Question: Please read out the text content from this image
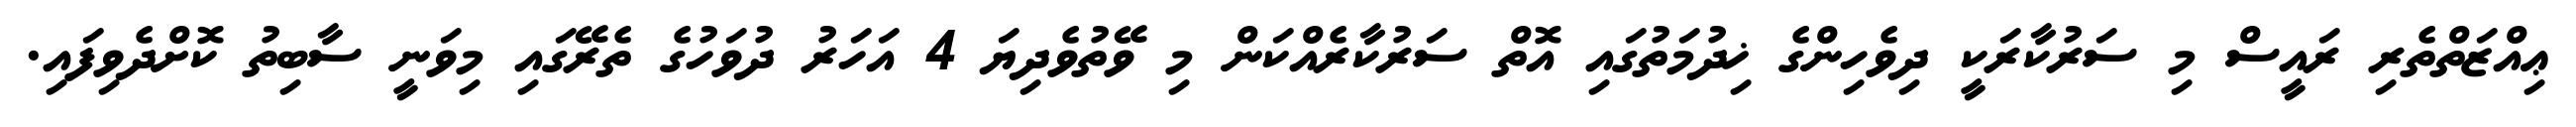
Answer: ޢިއްޒަތްތެރި ރައީސް މި ސަރުކާރަކީ ދިވެހިންގެ ޚިދުމަތުގައި އޮތް ސަރުކާރެއްކަން މި ވޭތުވެދިޔަ 4 އަހަރު ދުވަހުގެ ތެރޭގައި މިވަނީ ސާބިތު ކޮށްދެވިފައި.